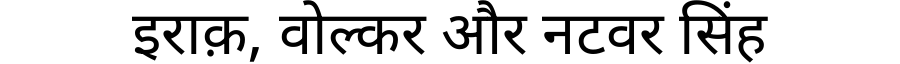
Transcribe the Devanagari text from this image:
इराक़, वोल्कर और नटवर सिंह